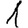
Digit: 1